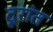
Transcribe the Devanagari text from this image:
दूरांत